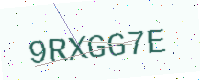
Text: 9RXGG7E